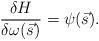
LaTeX: \begin{align*} \frac{\delta H}{\delta \omega(\vec{s})}=\psi(\vec{s}).\end{align*}